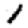
Digit: 1